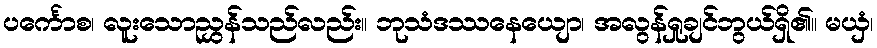
ပင်္ကောစ၊ လူးသောညွှန်သည်လည်း။ ဘုသံဒဿနေယျော၊ အလွန်ရှုချင်ဘွယ်ရှိ၏။ မယှံ၊